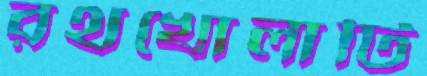
রথখোলাটি